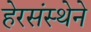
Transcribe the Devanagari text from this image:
हेरसंस्थेने